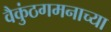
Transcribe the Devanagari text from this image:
वैकुंठगमनाच्या